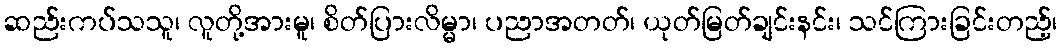
ဆည်းကပ်သသူ၊ လူတို့အားမူ၊ စိတ်ပြားလိမ္မာ၊ ပညာအတတ်၊ ယုတ်မြတ်ချင်းနင်း၊ သင်ကြားခြင်းတည့်၊